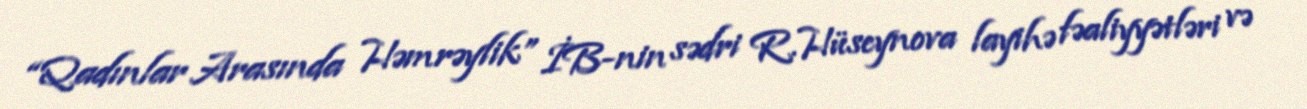
“Qadınlar Arasında Həmrəylik” İB-nin sədri R.Hüseynova layihə fəaliyyətləri və